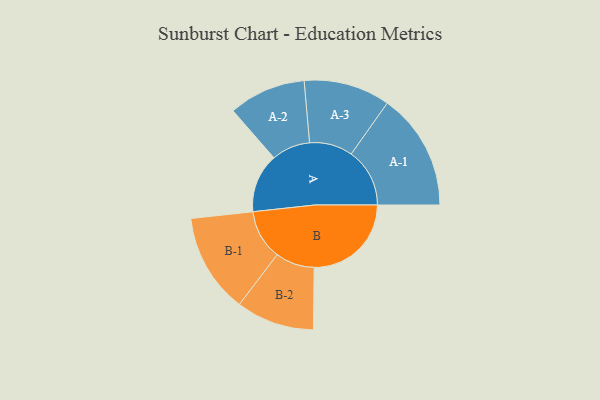
{"axis": {"x": "Segment", "y": "Value"}, "legend": ["", "A", "B"], "data": [{"x": "A", "y": 231, "type": ""}, {"x": "B", "y": 380, "type": ""}, {"x": "A-1", "y": 229, "type": "A"}, {"x": "A-2", "y": 151, "type": "A"}, {"x": "A-3", "y": 169, "type": "A"}, {"x": "B-1", "y": 195, "type": "B"}, {"x": "B-2", "y": 153, "type": "B"}]}